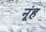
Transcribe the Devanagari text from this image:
नूंह